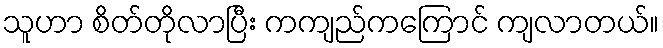
သူဟာ စိတ်တိုလာပြီး ကကျည်ကကြောင် ကျလာတယ်။